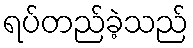
ရပ်တည်ခဲ့သည်